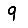
Digit: 9